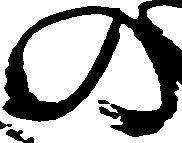
の